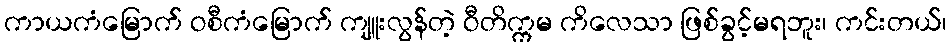
ကာယကံမြောက် ဝစီကံမြောက် ကျူးလွန်တဲ့ ဝီတိက္ကမ ကိလေသာ ဖြစ်ခွင့်မရဘူး၊ ကင်းတယ်၊